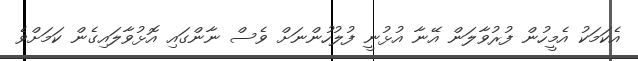
އެކަމަކު އެމީހުން ފުރުވާލަން އޭނާ އުޅުނީ ފުލުހުންނަށް ވެސް ނާންގައި އޮޅުވާލައިގެން ކަމަށްވެ